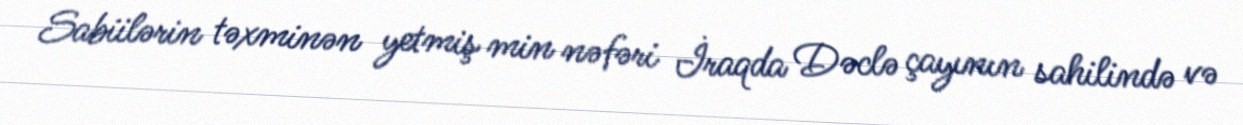
Sabiilərin təxminən yetmiş min nəfəri İraqda Dəclə çayının sahilində və